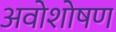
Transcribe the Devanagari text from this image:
अवोशोषण